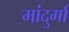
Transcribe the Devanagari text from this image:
मांदुर्गा